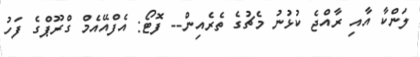
ލަންކާ އާއި ރާއްޖެ ކުޅުނު މެޗުގެ ތެރެއިން-- ފޮޓޯ: އެފްއޭއެމް ގްރޫޕްގެ ފަހު